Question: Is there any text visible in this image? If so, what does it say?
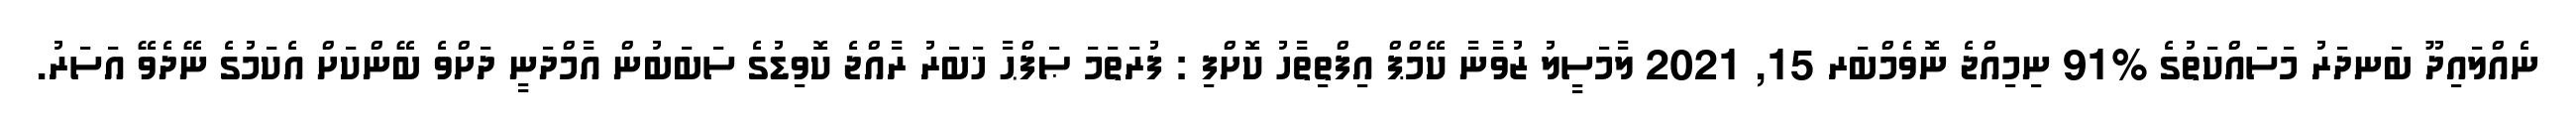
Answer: ނެއްލައިދޫ ބަނދަރު މަސައްކަތުގެ %91 ނިމިއްޖެ ނޮވެމްބަރ 15, 2021 ލާމަސީލު ޒުވާނާ ކޭމްޕް އިފްތިތާހު ކޮށްފި : ފުރަތަމަ ޞަފްޙާ ޚަބަރު ރާއްޖެ ކޮވިޑުގެ ސަބަބުން އާމްދަނީ ދަށްވެ ބޭންކަށް އެކަމުގެ ނޭދެވޭ އަސަރު.